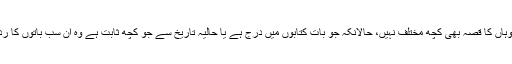
سکھر کے جس مقام پر میں کھڑا تھا وہاں کا قصہ بھی کچھ مختلف نہیں، حالانکہ جو بات کتابوں میں درج ہے یا حالیہ تاریخ سے جو کچھ ثابت ہے وہ ان سب باتوں کا رَد ہے جو باتیں یہاں سننے کو ملتی ہیں۔